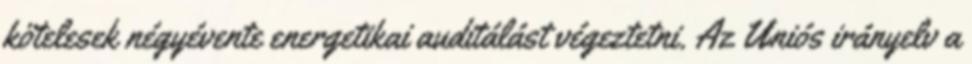
kö­te­le­sek négy­éven­te ener­ge­ti­kai au­di­tá­lást vé­gez­tet­ni. Az Uni­ós irány­elv a